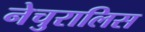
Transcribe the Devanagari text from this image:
नेचुरालिस